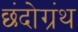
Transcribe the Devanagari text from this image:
छंदोग्रंथ